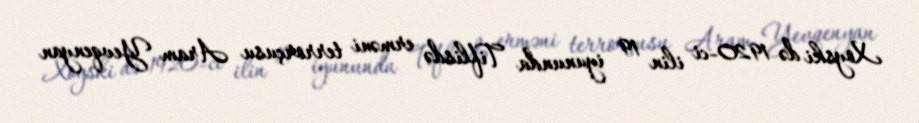
Xoyski də 1920-ci ilin 19 iyununda Tiflisdə erməni terrorçusu Aram Yevqenyan